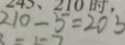
2 1 0 - 5 = 2 0 5